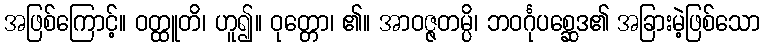
အဖြစ်ကြောင့်။ ဝတ္ထူတိ၊ ဟူ၍။ ဝုတ္တော၊ ၏။ အာဝဇ္ဇတမ္ပိ၊ ဘဝင်္ဂုပစ္ဆေဒ၏ အခြားမဲ့ဖြစ်သော